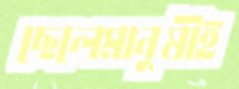
ছেলেমানুষীই